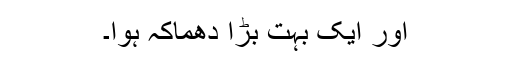
اور ایک بہت بڑا دھماکہ ہوا۔